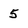
Character: 5